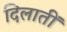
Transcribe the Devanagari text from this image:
दिलातीं